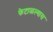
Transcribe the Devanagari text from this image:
फेटाळल्यास